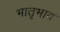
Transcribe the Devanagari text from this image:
भातृभाव